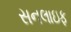
સનલાઇફ